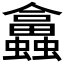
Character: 𧕙